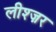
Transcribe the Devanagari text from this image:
लीश्ज़र